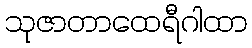
သုဇာတာထေရီဂါထာ